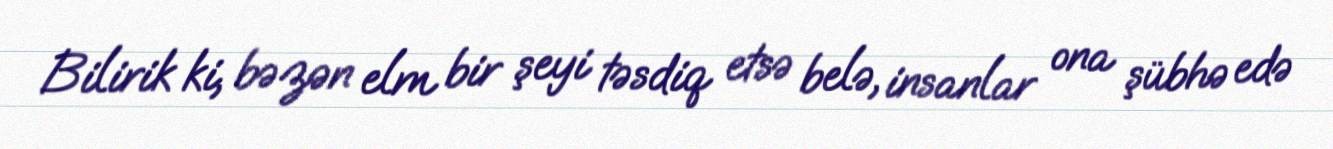
Bilirik ki, bəzən elm bir şeyi təsdiq etsə belə, insanlar ona şübhə edə